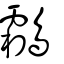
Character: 鸘